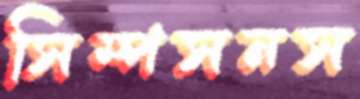
সিম্পসনস